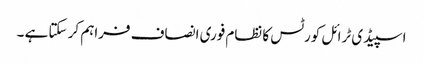
اسپیڈی ٹرائل کورٹس کا نظام فوری انصاف فراہم کر سکتا ہے ۔